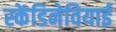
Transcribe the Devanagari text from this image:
स्केंडिनेवियाई